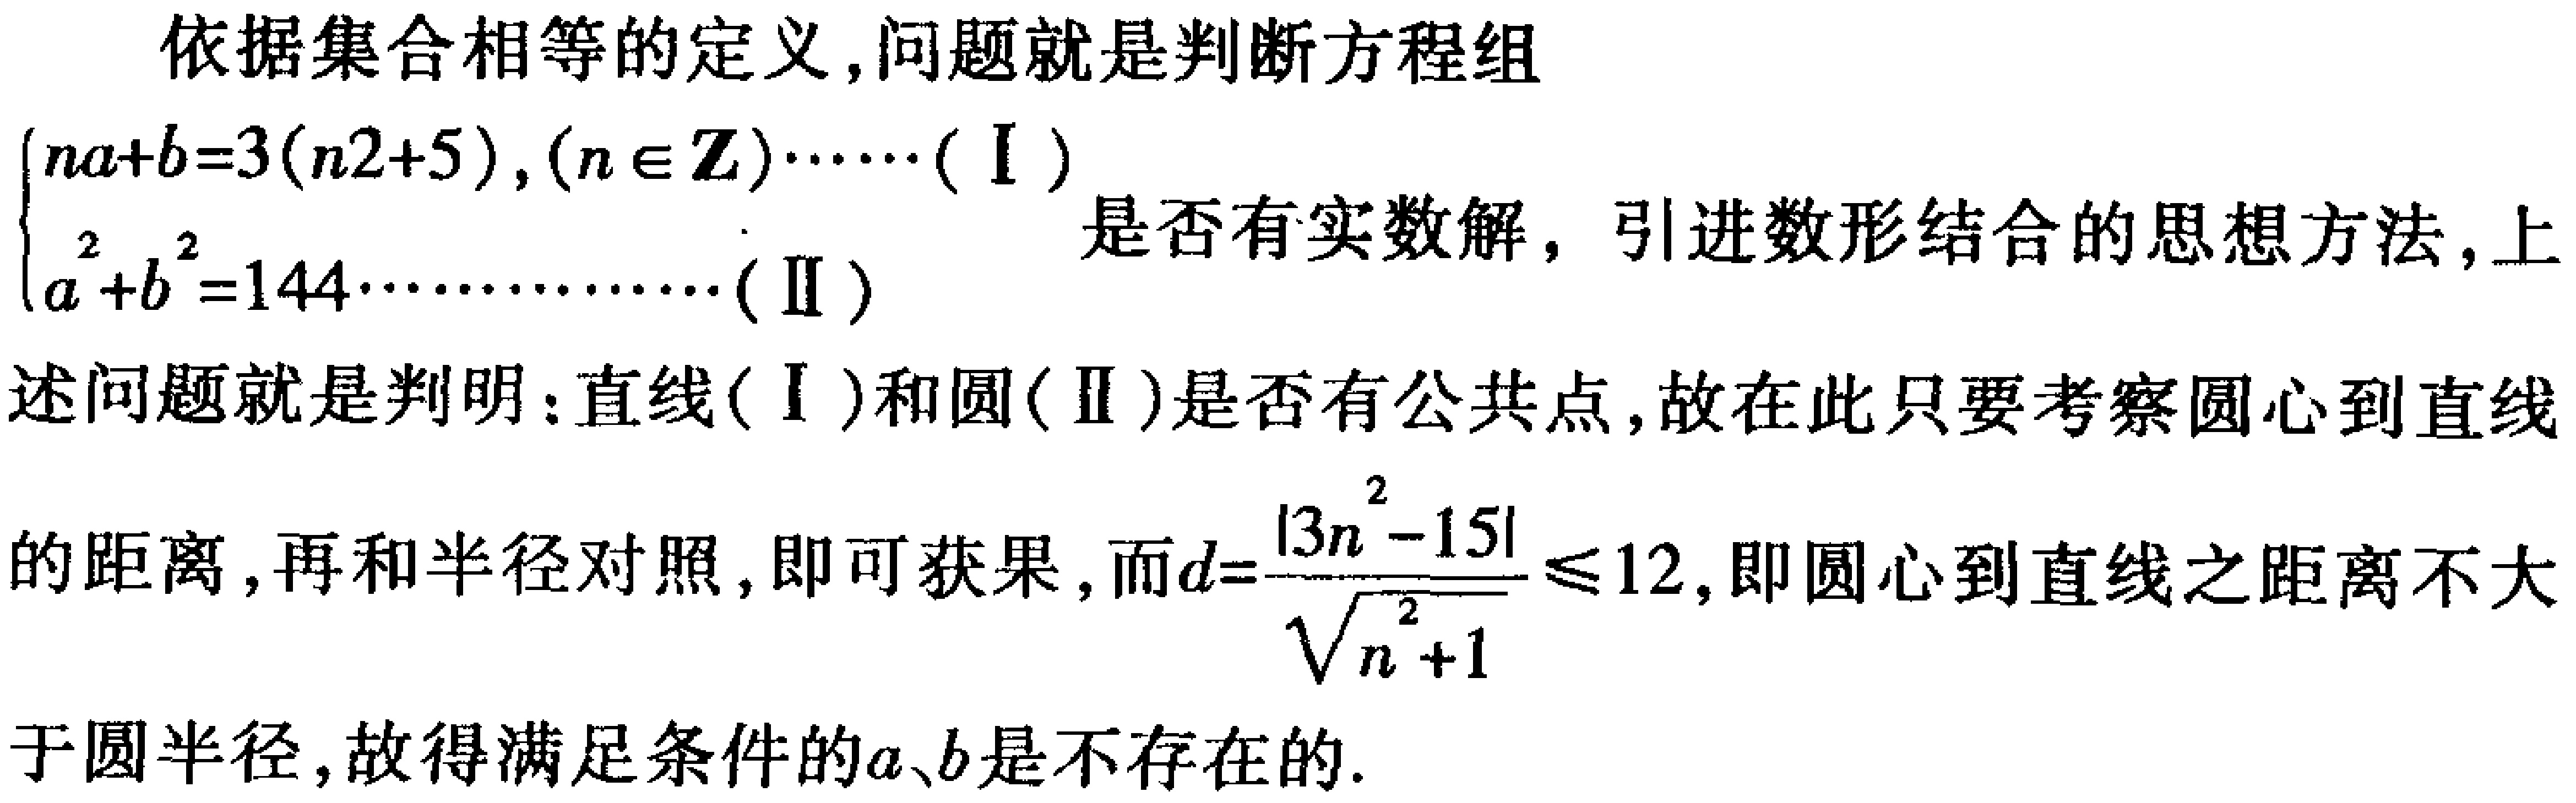
依据集合相等的定义,问题就是判断方程组

\(\begin{cases}

na + b = 3(n^{2}+5),(n\in \mathbf{Z})\cdots\cdots(\text{I})\\

a^{2}+b^{2}=144\cdots\cdots\cdots\cdots(\text{II})

\end{cases}\)

是否有实数解，引进数形结合的思想方法,上述问题就是判明：直线(\(\text{I}\))和圆(\(\text{II}\))是否有公共点,故在此只要考察圆心到直线的距离,再和半径对照,即可获果,而\(d = \frac{\vert 3n^{2}-15\vert}{\sqrt{n^{2}+1}}\leq12\),即圆心到直线之距离不大于圆半径,故得满足条件的\(a、b\)是不存在的.